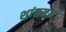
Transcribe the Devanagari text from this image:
शांतमयं